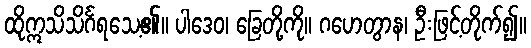
ထိုဣသိသိင်္ဂရသေ့၏။ ပါဒေဝ၊ ခြေတို့ကို။ ဂဟေတွာန၊ ဦးဖြင့်တိုက်၍။